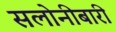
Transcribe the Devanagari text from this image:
सलोनीबारी